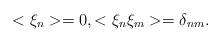
LaTeX: \begin{align*}<\xi_{n}>=0,<\xi_{n}\xi_{m}>=\delta_{nm}. \end{align*}